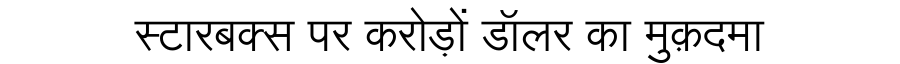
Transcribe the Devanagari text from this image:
स्टारबक्स पर करोड़ों डॉलर का मुक़दमा